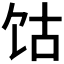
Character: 𫗡